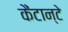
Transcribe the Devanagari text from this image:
कैंटान्टे